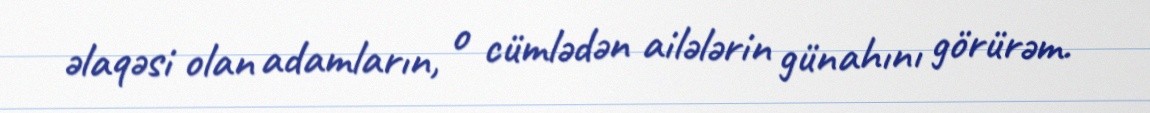
əlaqəsi olan adamların, o cümlədən ailələrin günahını görürəm.